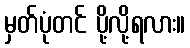
မှတ်ပုံတင် ပို့လို့ရလား။